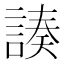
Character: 𧩻